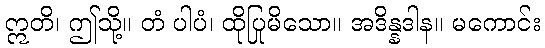
ဣတိ၊ ဤသို့။ တံ ပါပံ၊ ထိုပြုမိသော။ အဒိန္နဒါန။ မကောင်း